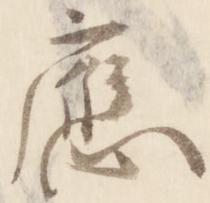
応